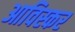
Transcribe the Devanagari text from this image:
आविस्कर